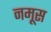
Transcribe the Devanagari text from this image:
नमूस